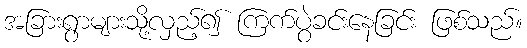
အခြားရွာများသို့လှည့်၍ ကြက်ပွဲခင်းနေခြင်း ဖြစ်သည်။